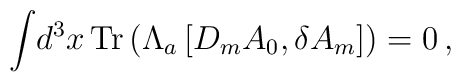
\int\! d^3x\, {\rm Tr}\left(\Lambda_a\left[ D_m A_0, \delta A_m\right]\right) =0\,,